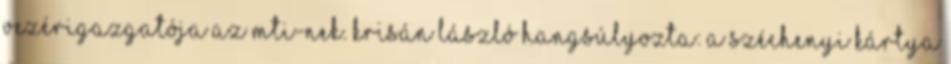
vezérigazgatója az MTI-nek. Krisán László hangsúlyozta: a Széchenyi Kártya